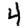
Digit: 4